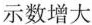
示数增大